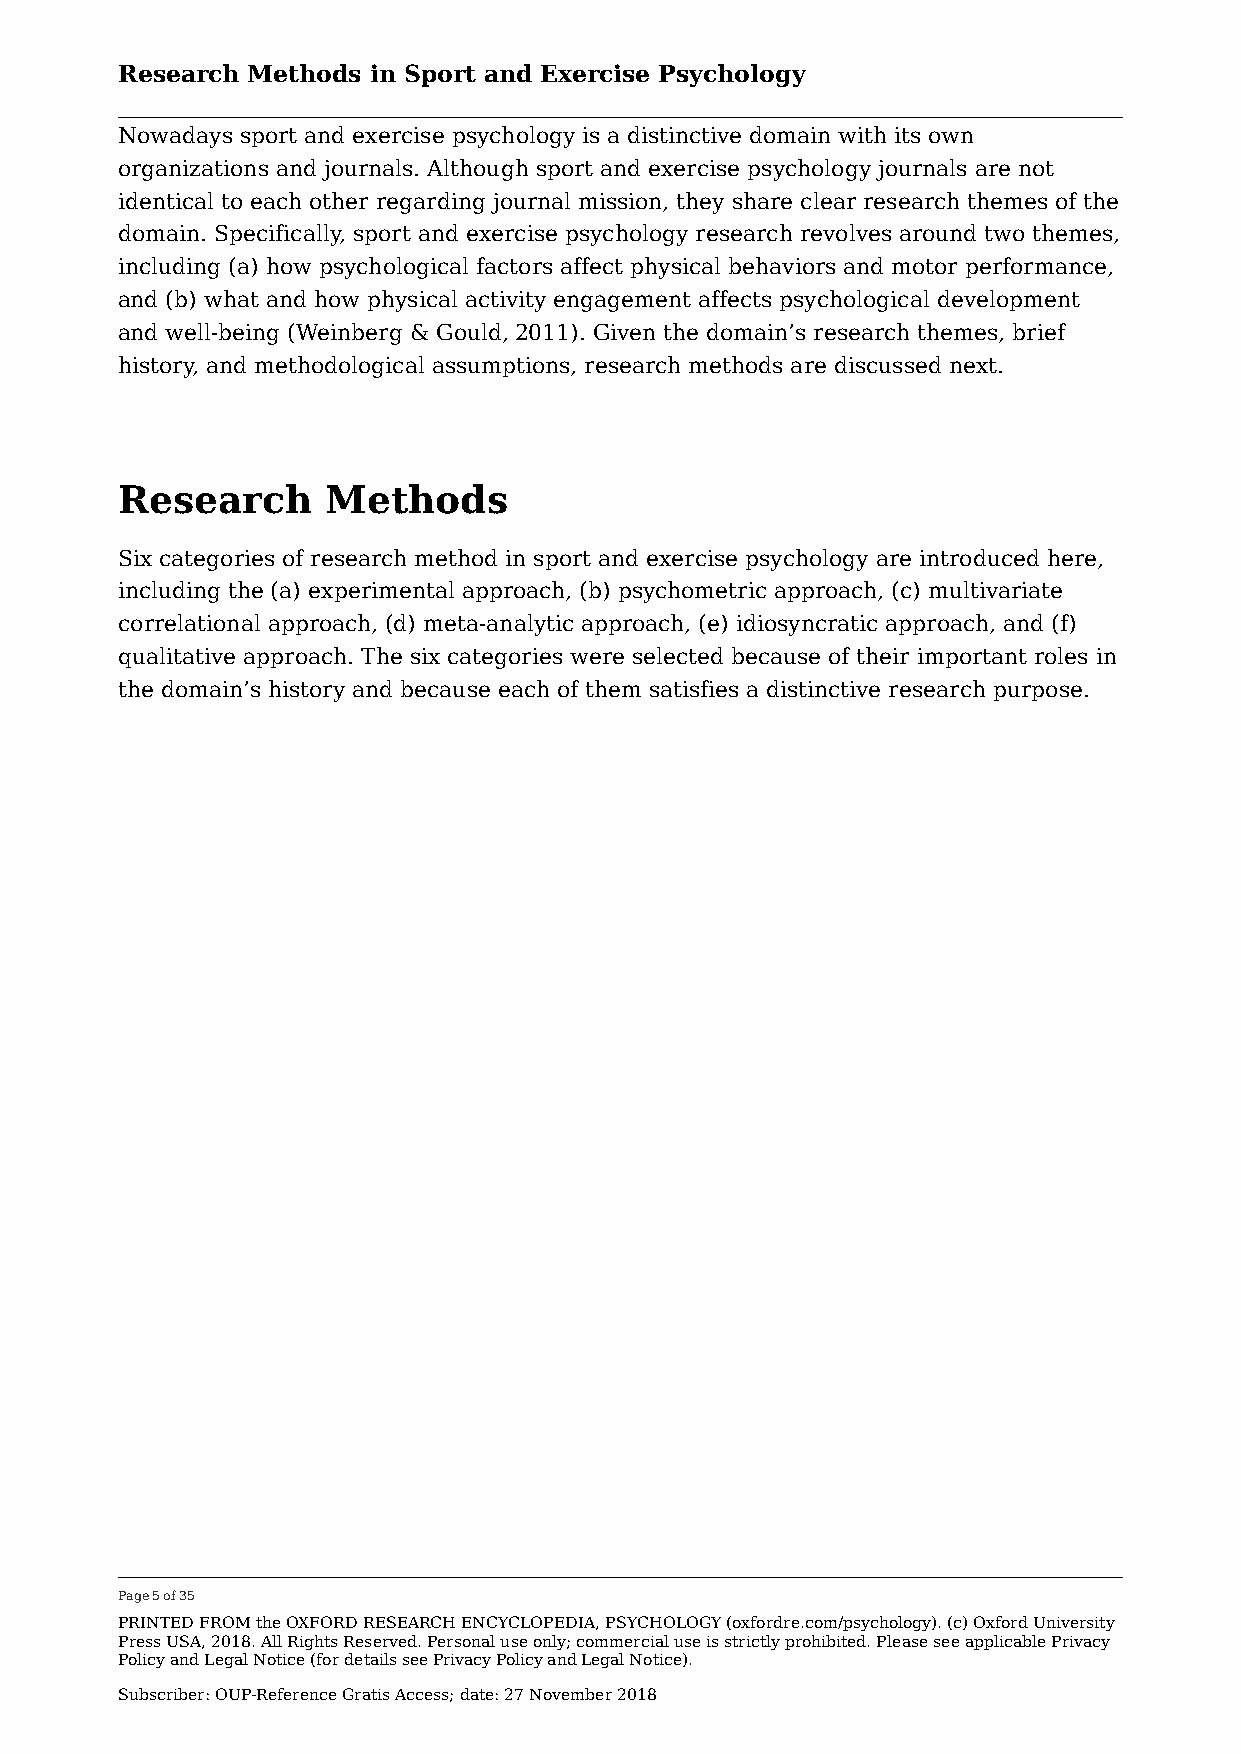
Research Methods in Sport and Exercise Psychology
 Nowadays sport and exercise psychology is a distinctive domain with its own
 organizations and journals. Although sport and exercise psychology journals are not
 identical to each other regarding journal mission, they share clear research themes of the
 domain. Specifically, sport and exercise psychology research revolves around two themes,
 including (a) how psychological factors affect physical behaviors and motor performance,
 and (b) what and how physical activity engagement affects psychological development
 and well-being (Weinberg & Gould, 2011). Given the domain’s research themes, brief
 history, and methodological assumptions, research methods are discussed next.
 Research      Methods
 Six categories of research method in sport and exercise psychology are introduced here,
 including the (a) experimental approach, (b) psychometric approach, (c) multivariate
 correlational approach, (d) meta-analytic approach, (e) idiosyncratic approach, and (f)
 qualitative approach. The six categories were selected because of their important roles in
 the domain’s history and because each of them satisfies a distinctive research purpose.
 Page 5 of 35
 PRINTED FROM the OXFORD RESEARCH ENCYCLOPEDIA, PSYCHOLOGY (oxfordre.com/psychology). (c) Oxford University
 Press USA, 2018. All Rights Reserved. Personal use only; commercial use is strictly prohibited. Please see applicable Privacy
 Policy and Legal Notice (for details see Privacy Policy and Legal Notice).
 Subscriber: OUP-Reference Gratis Access; date: 27 November 2018